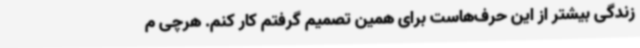
زندگی بیشتر از این حرف‌هاست برای همین تصمیم گرفتم کار کنم. هرچی م